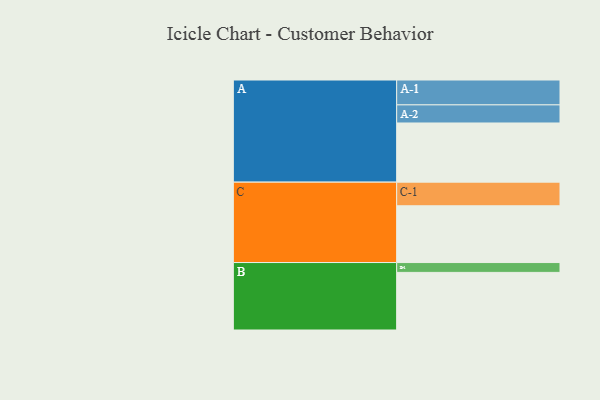
{"axis": {"x": "Segment", "y": "Value"}, "legend": ["", "A", "B", "C"], "data": [{"x": "A", "y": 571, "type": ""}, {"x": "B", "y": 556, "type": ""}, {"x": "C", "y": 548, "type": ""}, {"x": "A-1", "y": 240, "type": "A"}, {"x": "A-2", "y": 175, "type": "A"}, {"x": "B-1", "y": 95, "type": "B"}, {"x": "C-1", "y": 228, "type": "C"}]}